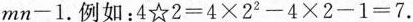
$$mn-1$$.例如：$$ 4 ☆ 2 = 4 × 2^{2} - 4 × 2 - 1 = 7 $$.